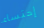
إحتساء